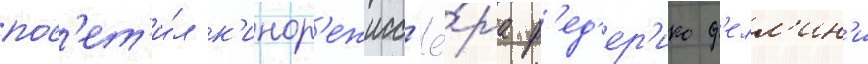
пос'ет'и́л к'инор'ежисс'ё́ра ф'ед'ер'ико ф'елл'ин'и